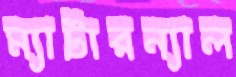
ম্যাটারন্যাল